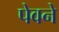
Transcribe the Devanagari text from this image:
पेवने